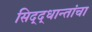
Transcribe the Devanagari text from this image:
सिद्द्धान्तांचा